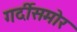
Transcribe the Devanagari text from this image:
गर्दीसमोर